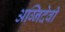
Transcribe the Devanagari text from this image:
अग्निदेवी